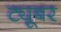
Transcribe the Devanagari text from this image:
ट्यूबर